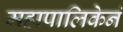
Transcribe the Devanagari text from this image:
महापालिकेनं